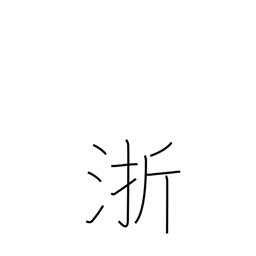
Meaning: name of a Chinese river